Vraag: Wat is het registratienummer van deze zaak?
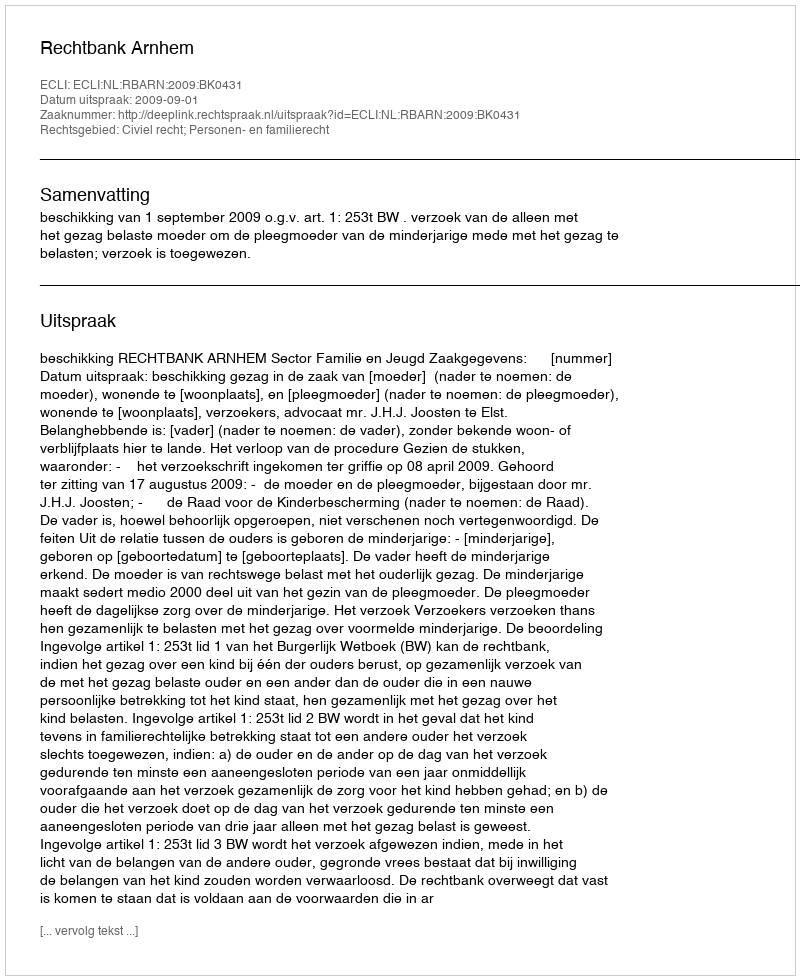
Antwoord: http://deeplink.rechtspraak.nl/uitspraak?id=ECLI:NL:RBARN:2009:BK0431